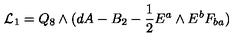
{ \cal { L } } _ { 1 } = Q _ { 8 } \wedge ( d A - B _ { 2 } - { \frac { 1 } { 2 } } E ^ { a } \wedge E ^ { b } F _ { b a } )